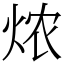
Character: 㶶